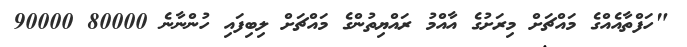
"ހަފްތާއެއްގެ މައްޗަށް މިރަށުގެ އާއްމު ރައްޔިތުންގެ މައްޗަށް ލިބިފައި ހުންނާނެ 80000 90000